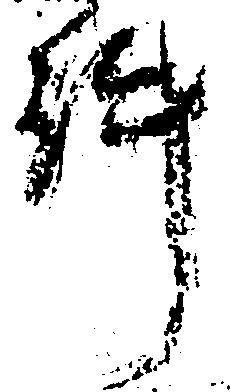
件